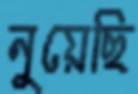
নুয়েছি